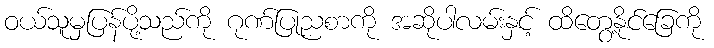
ဝယ်သူမှပြန်ပို့သည်ကို ဂုဏ်ပြုညစာကို အဆိုပါလမ်းနှင့် ထိတွေ့နိုင်ခြေကို